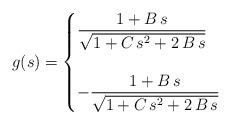
LaTeX: \begin{align*}g(s)=\begin{cases}\dfrac{1+B\,s }{\sqrt{1+C\,s^2 +2\,B\,s}} & \\\\-\dfrac{1+B\,s }{\sqrt{1+C\,s^2 +2\,B\,s}} & \end{cases}\end{align*}